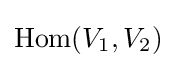
\operatorname {Hom} (V_{1},V_{2})